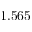
1 . 5 6 5